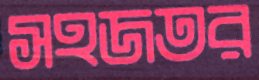
সহজতর